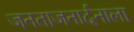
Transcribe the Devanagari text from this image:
जनताजनार्दनाला